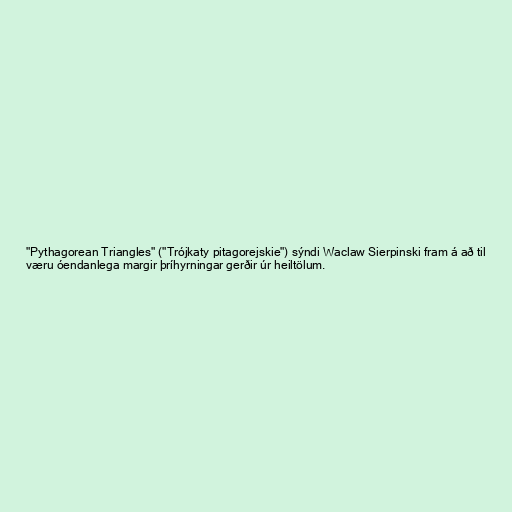
"Pythagorean Triangles" ("Trójkaty pitagorejskie") sýndi Waclaw Sierpinski fram á að til
væru óendanlega margir þríhyrningar gerðir úr heiltölum.